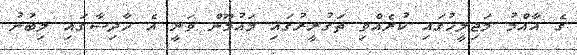
ގެ އާއްމު މަޖިލީހުގައި ކުރެއްވި ތަގުރީރުގައި މައުމޫން ވަނީ އެ ހާދިސާގައި ލިބުނު